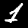
Label: 1